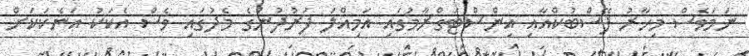
ނަމަވެސް މިހާރު ފޭސްބުކްއާއި އިންސްޓަގްރާމުގައި އަމިއްލަ ފަރުދުންގެ މެދުގައި ވެސް އެކަކު އަނެކަކަށް